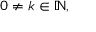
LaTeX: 0 \neq k \in \mathbb { N } ,